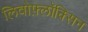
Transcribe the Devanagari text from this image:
लिवोफ़्लॉक्सिन